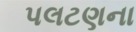
પલટણના